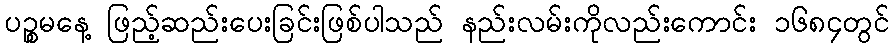
ပဉ္စမနေ့ ဖြည့်ဆည်းပေးခြင်းဖြစ်ပါသည် နည်းလမ်းကိုလည်းကောင်း ၁၆၈၄တွင်